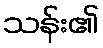
သန်း၏